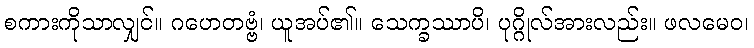
စကားကိုသာလျှင်။ ဂဟေတဗ္ဗံ၊ ယူအပ်၏။ သေက္ခဿာပိ၊ ပုဂ္ဂိုလ်အားလည်း။ ဖလမေဝ၊